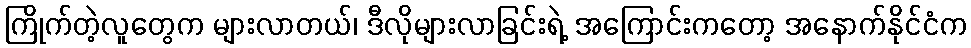
ကြိုက်တဲ့လူတွေက များလာတယ်၊ ဒီလိုများလာခြင်းရဲ့ အကြောင်းကတော့ အနောက်နိုင်ငံက